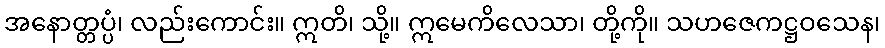
အနောတ္တပ္ပံ၊ လည်းကောင်း။ ဣတိ၊ သို့။ ဣမေကိလေသာ၊ တို့ကို။ သဟဇေကဋ္ဌဝသေန၊